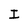
Character: I